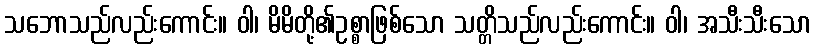
သဘောသည်လည်းကောင်း။ ဝါ၊ မိမိတို့၏ဥစ္စာဖြစ်သော သတ္တိသည်လည်းကောင်း။ ဝါ၊ အသီးသီးသော